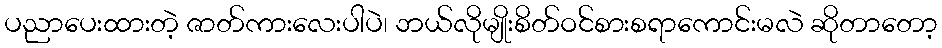
ပညာပေးထားတဲ့ ဇာတ်ကားလေးပါပဲ၊ ဘယ်လိုမျိုးစိတ်ဝင်စားစရာကောင်းမလဲ ဆိုတာတော့